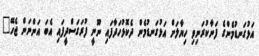
އަޅުގަނޑުމެންގެ ފަނާކުރަނިވި ހިޔާލަށް އަޅުގަނޑުމެން ދެކޮޅުހަދާފައި ނޫނީ ފުރަގަސްދީފައި އެބަ އަންނަން ޖެހޭ"